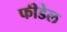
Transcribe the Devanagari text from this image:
फीडेल